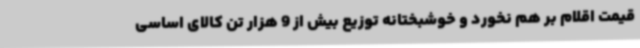
قیمت اقلام بر هم نخورد و خوشبختانه توزیع بیش از 9 هزار تن کالای اساسی